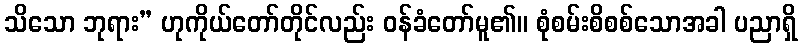
သိသော ဘုရား” ဟုကိုယ်တော်တိုင်လည်း ဝန်ခံတော်မူ၏။ စုံစမ်းစိစစ်သောအခါ ပညာရှိ